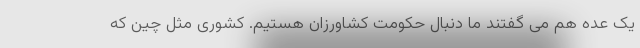
یک عده هم می گفتند ما دنبال حکومت کشاورزان هستیم. کشوری مثل چین که